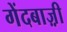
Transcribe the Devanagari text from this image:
गेंदबाज़़ी